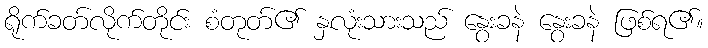
ရိုက်ခတ်လိုက်တိုင်း စံတုတ်၏ နှလုံးသားသည် နွေးခနဲ နွေးခနဲ ဖြစ်ရ၏။